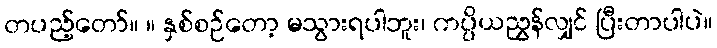
တပည့်တော်။ ။ နှစ်စဉ်တော့ မသွားရပါဘူး၊ ကပ္ပိယညွှန်လျှင် ပြီးတာပါပဲ။